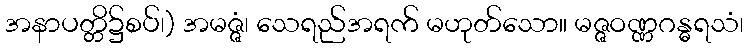
အနာပတ္တိ၌စပ်၊) အမဇ္ဇံ၊ သေရည်အရက် မဟုတ်သော။ မဇ္ဇဝဏ္ဏဂန္ဓရသံ၊